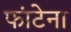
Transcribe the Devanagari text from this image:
फांटेना